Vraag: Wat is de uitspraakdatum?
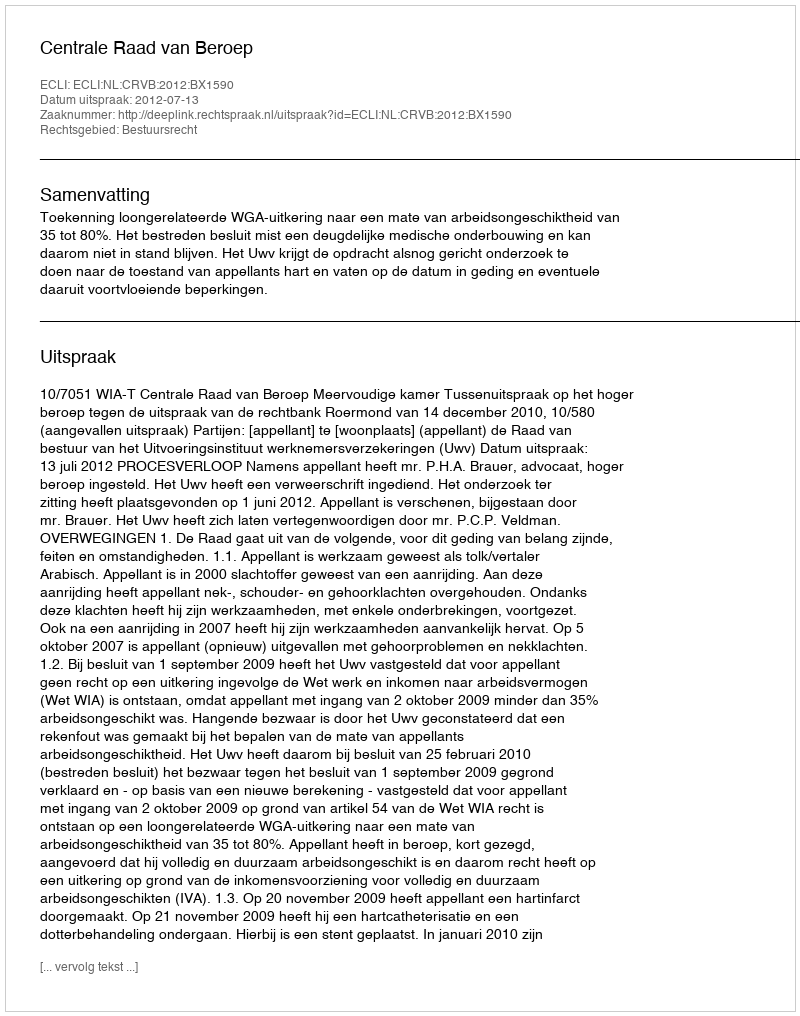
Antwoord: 2012-07-13